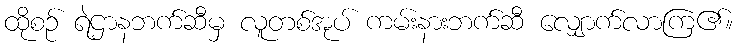
ထိုစဉ် ရဲဌာနဘက်ဆီမှ လူတစ်အုပ် ကမ်းနားဘက်ဆီ လျှောက်လာကြ၏။